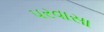
પરવાસા